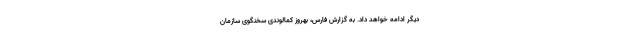
دیگر ادامه خواهد داد. به گزارش فارس، بهروز کمالوندی سخنگوی سازمان